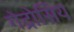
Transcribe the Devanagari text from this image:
गेद्रोसिय